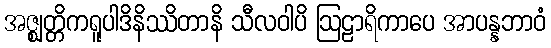
အဇ္ဈတ္တိကရူပါဒိနိဿိတာနိ သီလဝါပိ ဩဠာရိကာပေ အာပန္နဘာဝံ